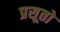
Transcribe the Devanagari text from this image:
प्रसूतो